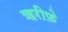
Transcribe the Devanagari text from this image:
ऋरीफ़े